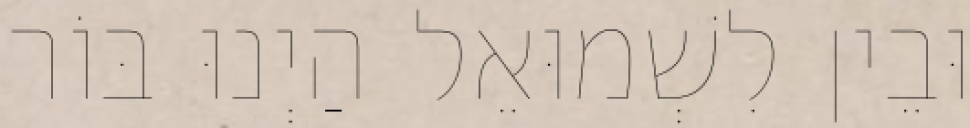
וּבֵין לִשְׁמוּאֵל הַיְנוּ בּוֹר